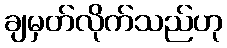
ချမှတ်လိုက်သည်ဟု